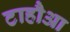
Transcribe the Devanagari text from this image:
टाहौआ